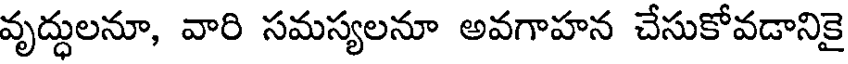
వృద్ధులనూ, వారి సమస్యలనూ అవగాహన చేసుకోవడానికై